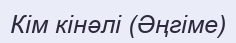
Кім кінәлі (Әңгіме)